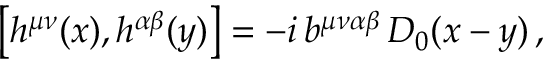
\big [ h ^ { \mu \nu } ( x ) , h ^ { \alpha \beta } ( y ) \big ] = - i \, b ^ { \mu \nu \alpha \beta } \, D _ { 0 } ( x - y ) \, ,